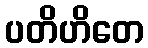
ပတိဟိတေ